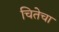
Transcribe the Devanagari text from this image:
चितेचा